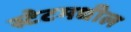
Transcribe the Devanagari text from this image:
स्टेटमधील